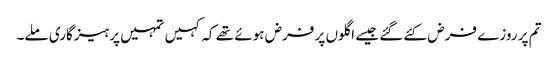
تم پر روزے فرض کئے گئے جیسے اگلوں پر فرض ہوئے تھے کہ کہیں تمہیں پرہیزگاری ملے۔